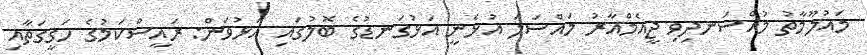
މައުލޫމާތު މުއްސަނދިވި ޖީއެމްއާރު މައްސަލަ އުޅެނީ އަޅުގަނޑުގެ ބޮލުގައި އަޅުވަން: ރައީސްކަމުގެ ހަގީގަތާއި